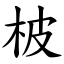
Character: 柀